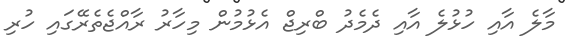
މާލެ އާއި ހުޅުލެ އާއި ދެމެދު ބްރިޖް އެޅުމުން މިހާރު ރާއްޖެތެރޭގައި ހުރި